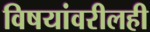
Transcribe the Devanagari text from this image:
विषयांवरीलही